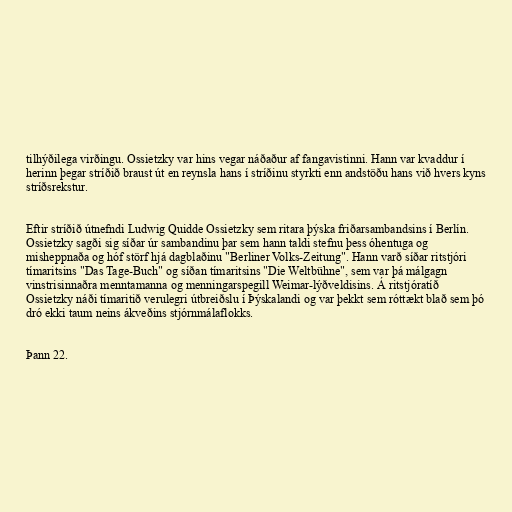
tilhýðilega virðingu. Ossietzky var hins vegar náðaður af fangavistinni. Hann var kvaddur í
herinn þegar stríðið braust út en reynsla hans í stríðinu styrkti enn andstöðu hans við hvers kyns
stríðsrekstur.

Eftir stríðið útnefndi Ludwig Quidde Ossietzky sem ritara þýska friðarsambandsins í Berlín.
Ossietzky sagði sig síðar úr sambandinu þar sem hann taldi stefnu þess óhentuga og
misheppnaða og hóf störf hjá dagblaðinu "Berliner Volks-Zeitung". Hann varð síðar ritstjóri
tímaritsins "Das Tage-Buch" og síðan tímaritsins "Die Weltbühne", sem var þá málgagn
vinstrisinnaðra menntamanna og menningarspegill Weimar-lýðveldisins. Á ritstjóratíð
Ossietzky náði tímaritið verulegri útbreiðslu í Þýskalandi og var þekkt sem róttækt blað sem þó
dró ekki taum neins ákveðins stjórnmálaflokks.

Þann 22.